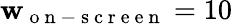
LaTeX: \mathbf{w}_{\mathrm{{~o~n~-~s~c~r~e~e~n~}}}=10